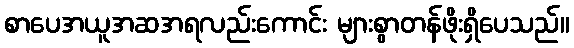
စာပေအယူအဆအရလည်းကောင်း များစွာတန်ဖိုးရှိပေသည်။